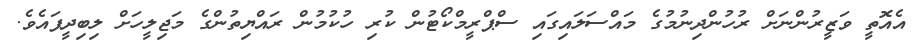
އެއޮތީ ވަޒީރުންނަށް ރުހުންދިނުމުގެ މައްސަލައިގައި ސްޕްރީމްކޯޓުން ކުރި ހުކުމުން ރައްޔިތުންގެ މަޖިލީހަށް ލިބިދީފައެވެ.